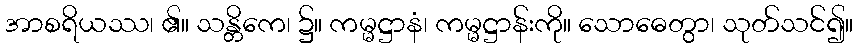
အာစရိယဿ၊ ၏။ သန္တိကေ၊ ၌။ ကမ္မဋ္ဌာနံ၊ ကမ္မဋ္ဌာန်းကို။ သောဓေတွာ၊ သုတ်သင်၍။